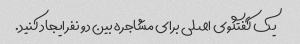
یک گفتگوی اصلی برای مشاجره بین دو نفر ایجاد کنید.